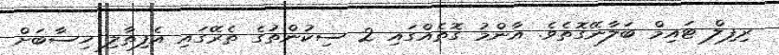
ރިފިލް ޓައިމް ބަލާނޭގޮތެވެ. އާންމު ގޮތެއްގައި 2 ސިކުންތުގެ ތެރޭގައި އެފިތާލި ހިސާބަށް